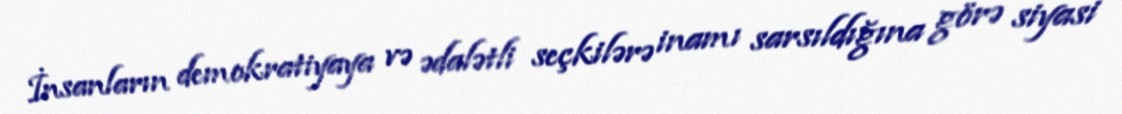
İnsanların demokratiyaya və ədalətli seçkilərə inamı sarsıldığına görə siyasi